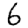
Digit: 6